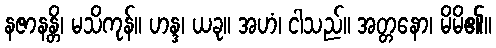
နဇာနန္တိ၊ မသိကုန်။ ဟန္ဒ၊ ယခု။ အဟံ၊ ငါသည်။ အတ္တနော၊ မိမိ၏။